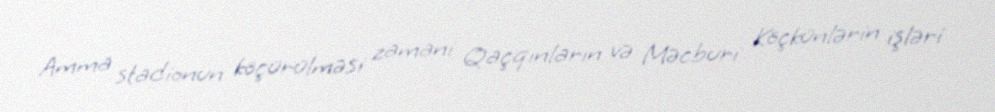
Amma stadionun köçürülməsi zamani Qaçqınların və Məcburi Köçkünlərin işləri